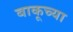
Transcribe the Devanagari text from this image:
बाकूच्या